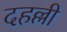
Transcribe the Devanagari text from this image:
दहल्ली